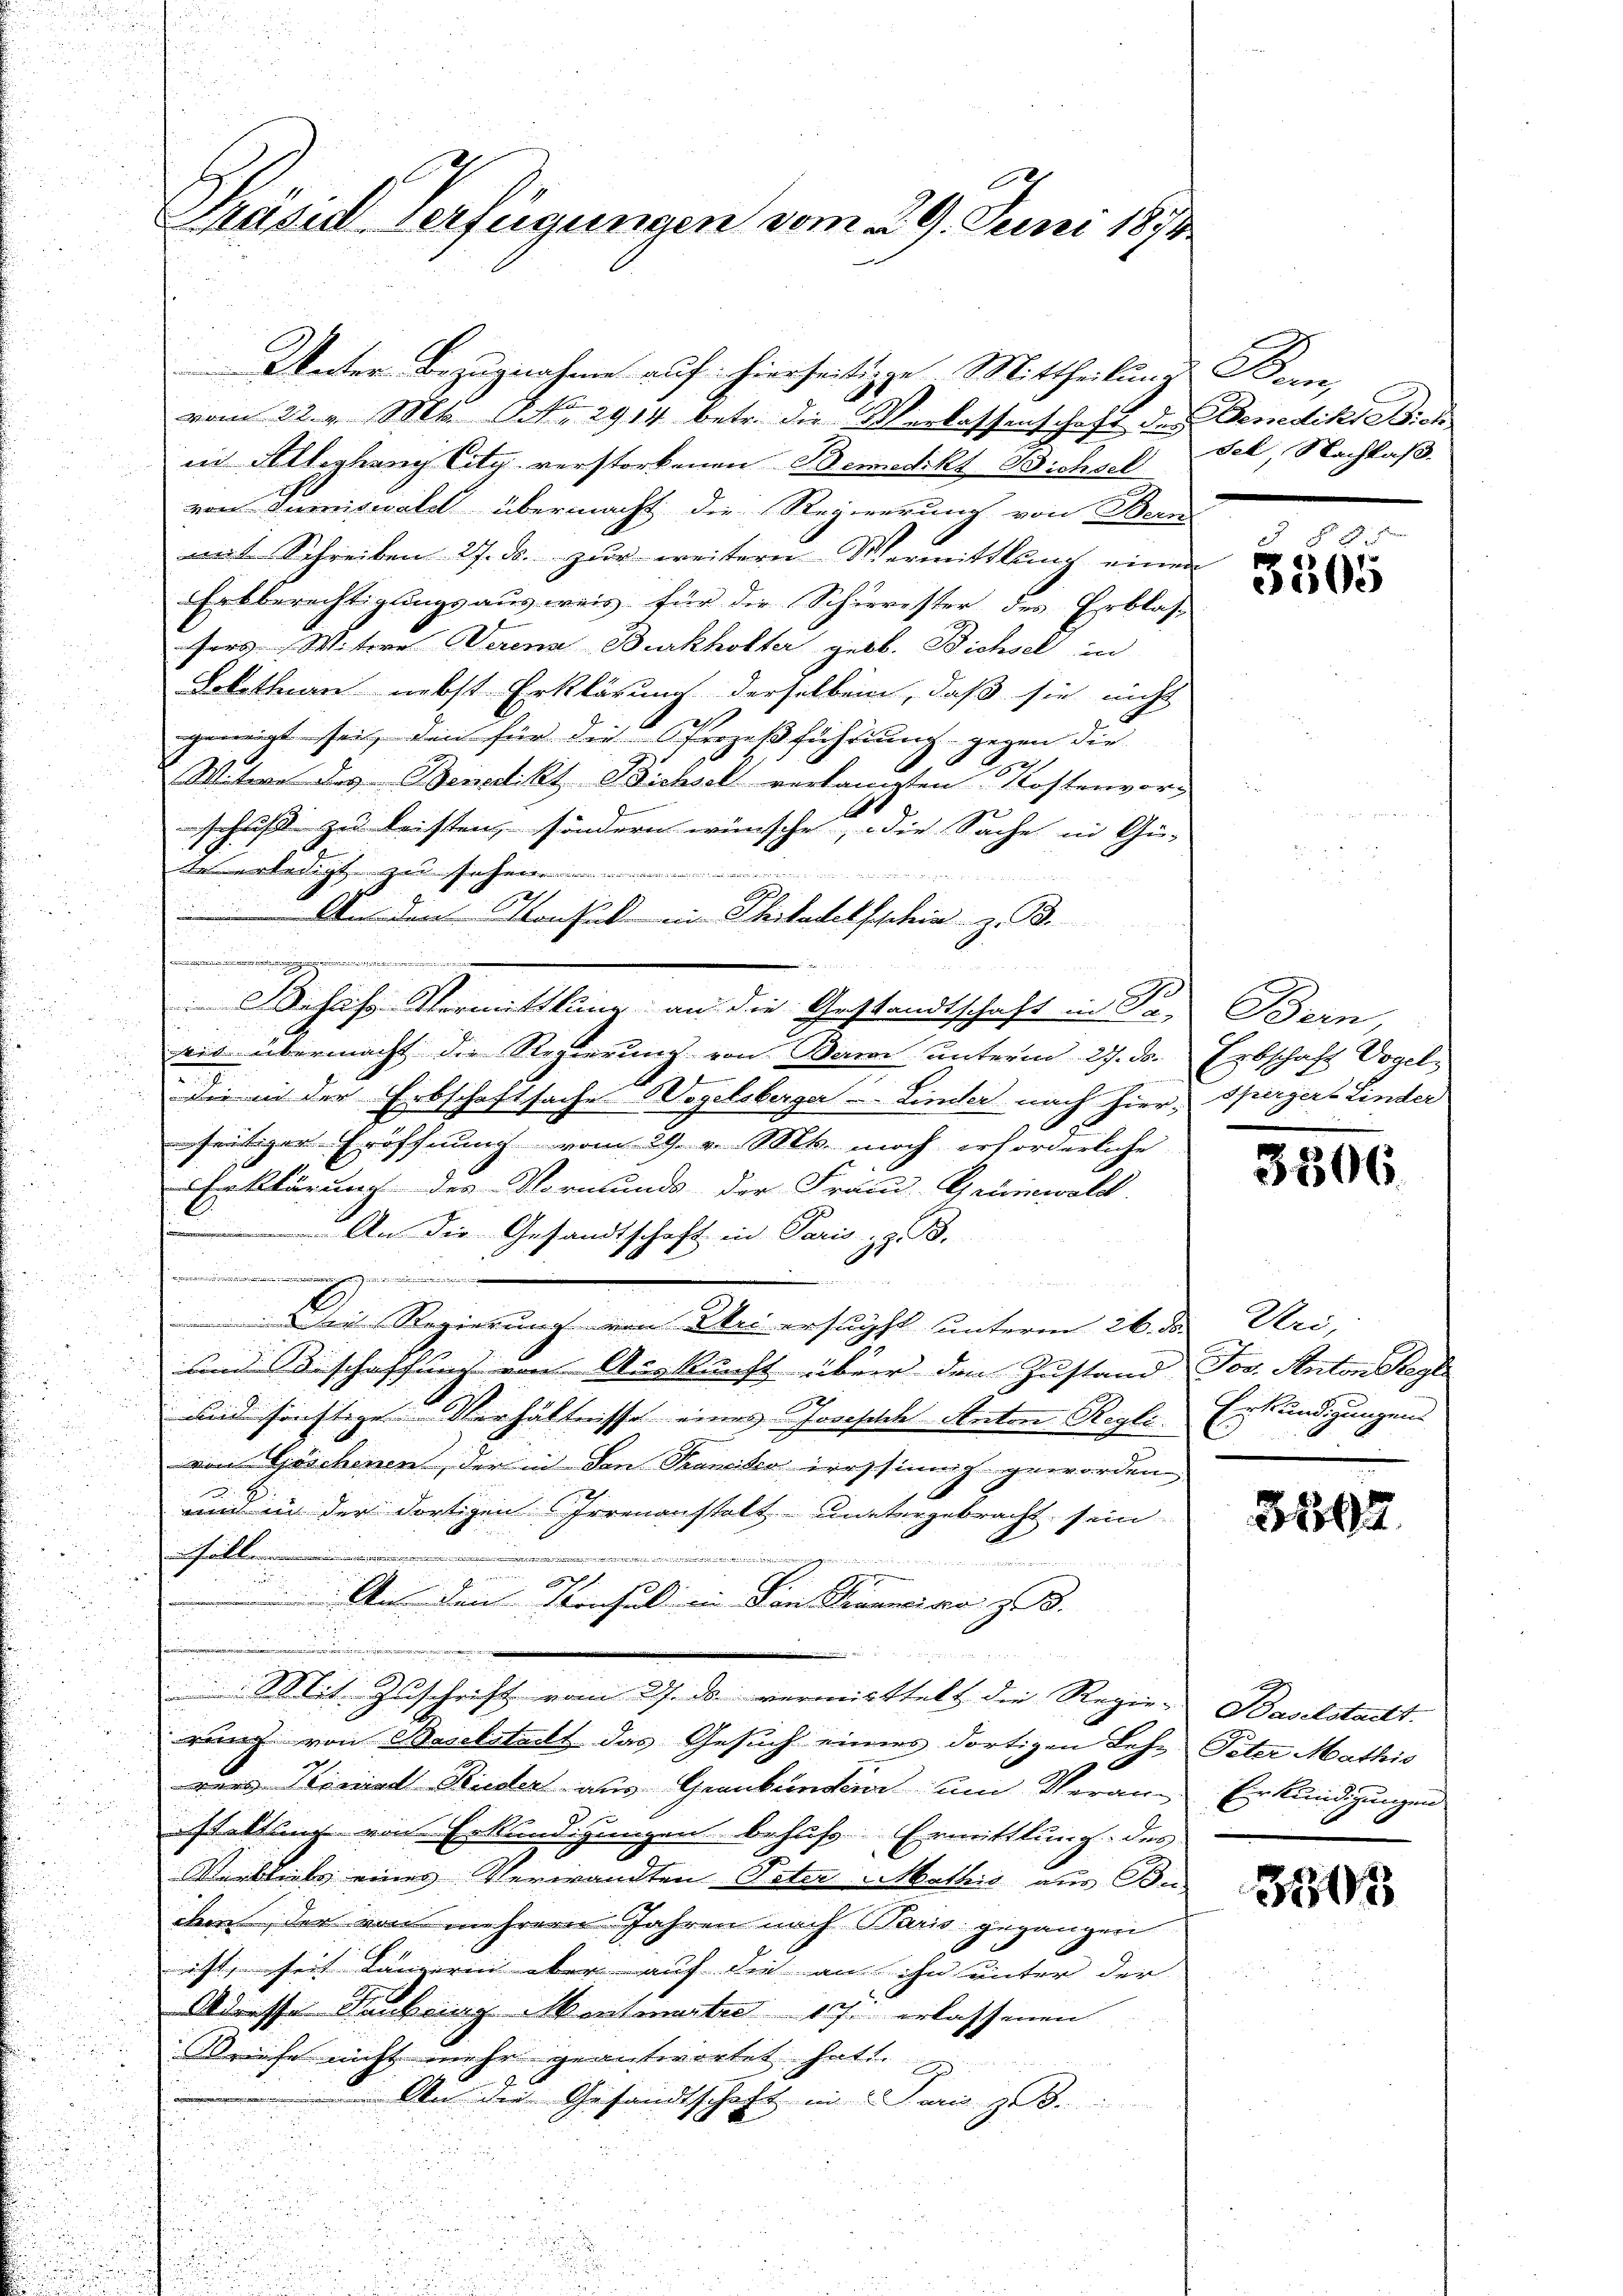
.

Präsid Verfügungen vom 29. Juni 1873.

Unter Bezugnahme auf hierseitige Mittheilung Kenn
vom 22. v. Mts. No. 2914 betr. die Verkassenschaft der Benedikt Bich
in Alleghang City verstorbenen Benedikt Bichsel
von Sumiswald übermacht die Regierung von Bern
mit Schreiben 27. ds. zur weitern Vermittlung einen
Erbberechtigungsausweis für die Schirrester des Erblas-
sers Witere Derena Burkholter geb. Bichsel in
Lokethan nebst Erklärung derselben, daß sie nicht
geneigt sei, den für die Prozeßführung gegen die
Witwe des Benedikt Dichsel verlangten Kostenvor-
19
schrift zu leisten, sondern wünsche, die Sache in Ge-
eerledigt zu

h
 An den konsul ein Philadelsschinz. 98.

.
 Wohns Vermittlung an die Gestandtschaft in Se. Bern,
rid übermacht die Regierung von Bern unterm 27. ds. Erbschaft Vogel-
Fernennern
die in der Erbschaftsache Vogelsberger-Linder nach hier, spergers Linder
seitiger Eröffnung vom 29. v. Mts. noch erforderliche
Erklärung des Vormunds- der Frand-Grümwald
 An die Gesandtschaft in Paris z. B.
mmungen eingenen in
n
Die Regierung von Uri ersucht unterm 26. der Uri,
und Sorschaffung von Aoskucht über den Zustand Jos. Anton Seege
2
und sonstige Verhältnisse eines Josefelche Anton Regli Erkundigungens
von Göschenen, der in den Tramideo irrsinnig geworden
und in der dortigen Irrenanstalt untergebracht sein
.
22
iinen

e
A
2.
Auf den Konsul in den Sinneiro z.
e
Mit Zuschrift vom 27. ds. vermittelt die Regie-Baselstadt.
rung von Baselstalt das Gesuch eines dortigen Lehr Peter Mathis
rens Kienial Ruder aus Graubünden um Veran-Erkundigungen
staltung von Erkundigungen behufs Ermittlung des
Verbleits eines Verwandten Peter Mathis aus Bu
ihen, der von mehrere Jahren nach Paris gegangen
ist, seit kämerin aber auf die an ihn unter der
Adresse Rubring Montmartie 17. erlassenen
Briefe nicht mehr geantwortet hat.
An die Gesandtschaft in dar z. B.
n

.

sel, Nachlaß.

G § 8.
3305

3306

31892

303